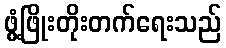
ဖွံ့ဖြိုးတိုးတက်ရေးသည်